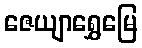
ဇေယျာရွှေမြေ